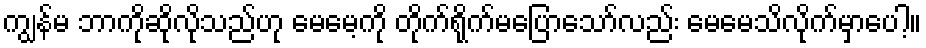
ကျွန်မ ဘာကိုဆိုလိုသည်ဟု မေမေ့ကို တိုက်ရိုက်မပြောသော်လည်း မေမေသိလိုက်မှာပေါ့။